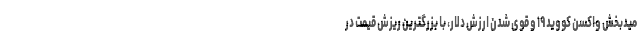
میدبخش واکسن کووید ۱۹ و قوی شدن ارزش دلار، با بزرگترین ریزش قیمت در